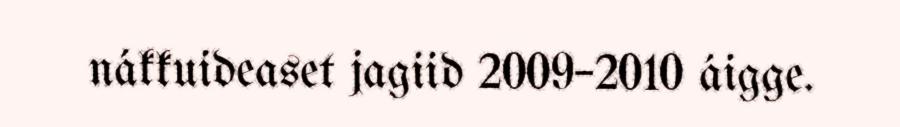
nákkuideaset jagiid 2009–2010 áigge.